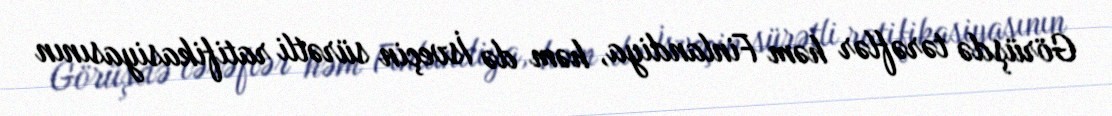
Görüşdə tərəflər həm Finlandiya, həm də İsveçin sürətli ratifikasiyasının